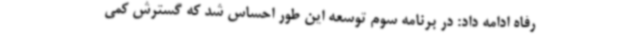
رفاه ادامه داد: در برنامه سوم توسعه این طور احساس شد که گسترش کمی